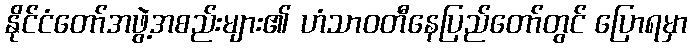
နိုင်ငံတော်အဖွဲ့အစည်းများ၏ ဟံသာဝတီနေပြည်တော်တွင် ပြောရမှာ